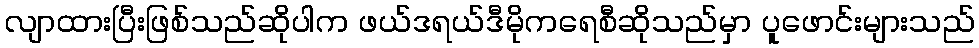
လျာထားပြီးဖြစ်သည်ဆိုပါက ဖယ်ဒရယ်ဒီမိုကရေစီဆိုသည်မှာ ပူဖောင်းများသည်